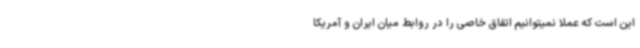
این است که عملا نمیتوانیم اتفاق خاصی را در روابط میان ایران و آمریکا